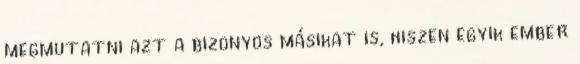
megmutatni azt a bizonyos másikat is, hiszen egyik ember